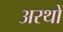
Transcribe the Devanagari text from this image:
अरथों